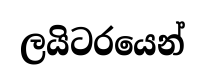
ලයිටරයෙන්